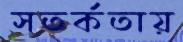
সতর্কতায়